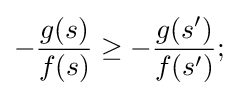
-{\frac {g(s)}{f(s)}}\geq -{\frac {g(s')}{f(s')}};